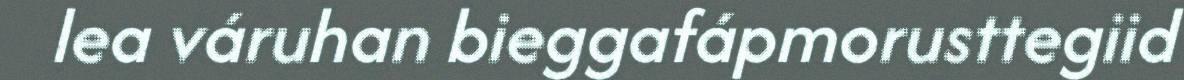
lea váruhan bieggafápmorusttegiid